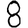
Digit: 8